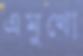
এমুখো